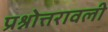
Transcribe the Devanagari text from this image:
प्रश्नोत्तरावली